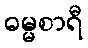
ဓမ္မစာရီ